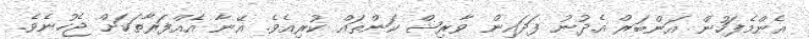
އެންމެފަހުން އަންބަރް އެދުނު ފަދައިން ވާރިޝް ކަންތައް ކުރިއެވެ. އޭނާ އެއްފަރާތަކަށް ޖެހުނެވެ.